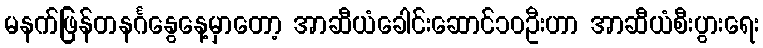
မနက်ဖြန်တနင်္ဂနွေနေ့မှာတော့ အာဆီယံခေါင်းဆောင်၁၀ဦးဟာ အာဆီယံစီးပွားရေး